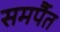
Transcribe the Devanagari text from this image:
समर्पैत